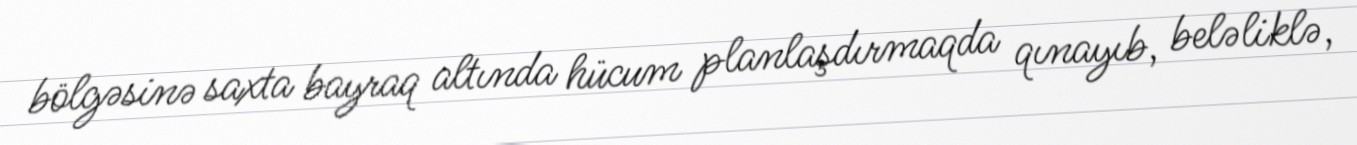
bölgəsinə saxta bayraq altında hücum planlaşdırmaqda qınayıb, beləliklə,